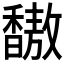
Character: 𫘀